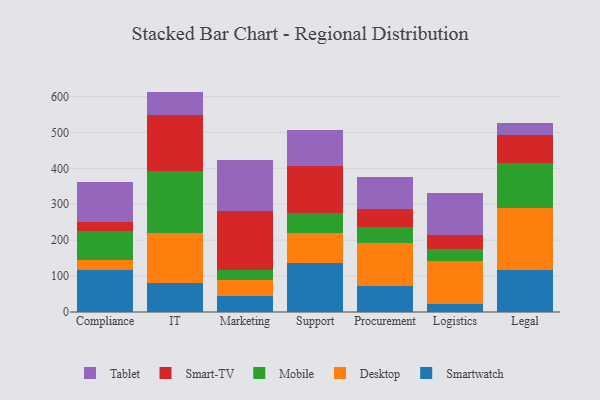
{"axis": {"x": "Department", "y": "Churn Rate (%)"}, "legend": ["Desktop", "Mobile", "Smart-TV", "Smartwatch", "Tablet"], "data": [{"x": "Compliance", "y": 116.9, "type": "Smartwatch"}, {"x": "Compliance", "y": 28.4, "type": "Desktop"}, {"x": "Compliance", "y": 79.2, "type": "Mobile"}, {"x": "Compliance", "y": 25.4, "type": "Smart-TV"}, {"x": "Compliance", "y": 113.2, "type": "Tablet"}, {"x": "IT", "y": 81.0, "type": "Smartwatch"}, {"x": "IT", "y": 138.7, "type": "Desktop"}, {"x": "IT", "y": 173.2, "type": "Mobile"}, {"x": "IT", "y": 157.1, "type": "Smart-TV"}, {"x": "IT", "y": 63.8, "type": "Tablet"}, {"x": "Marketing", "y": 45.5, "type": "Smartwatch"}, {"x": "Marketing", "y": 44.6, "type": "Desktop"}, {"x": "Marketing", "y": 26.3, "type": "Mobile"}, {"x": "Marketing", "y": 164.3, "type": "Smart-TV"}, {"x": "Marketing", "y": 143.4, "type": "Tablet"}, {"x": "Support", "y": 137.3, "type": "Smartwatch"}, {"x": "Support", "y": 81.8, "type": "Desktop"}, {"x": "Support", "y": 55.4, "type": "Mobile"}, {"x": "Support", "y": 133.1, "type": "Smart-TV"}, {"x": "Support", "y": 99.3, "type": "Tablet"}, {"x": "Procurement", "y": 71.8, "type": "Smartwatch"}, {"x": "Procurement", "y": 119.6, "type": "Desktop"}, {"x": "Procurement", "y": 44.6, "type": "Mobile"}, {"x": "Procurement", "y": 50.5, "type": "Smart-TV"}, {"x": "Procurement", "y": 89.0, "type": "Tablet"}, {"x": "Logistics", "y": 22.4, "type": "Smartwatch"}, {"x": "Logistics", "y": 119.7, "type": "Desktop"}, {"x": "Logistics", "y": 32.6, "type": "Mobile"}, {"x": "Logistics", "y": 39.3, "type": "Smart-TV"}, {"x": "Logistics", "y": 118.5, "type": "Tablet"}, {"x": "Legal", "y": 116.2, "type": "Smartwatch"}, {"x": "Legal", "y": 173.9, "type": "Desktop"}, {"x": "Legal", "y": 124.7, "type": "Mobile"}, {"x": "Legal", "y": 77.9, "type": "Smart-TV"}, {"x": "Legal", "y": 33.2, "type": "Tablet"}]}